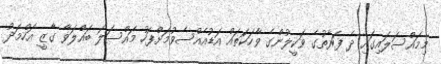
މިމައްސަލައިގައި ދެ ފަރާތުގެ ވަކީލުންގެ ވާހަކަތައް އަޑުއެއްސެވުމަށްފަހު މައްސަލަ ބައްލަވާ ގާޒީ އަހްމަދު